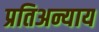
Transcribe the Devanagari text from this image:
प्रतिअन्याय